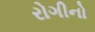
રોગીનો